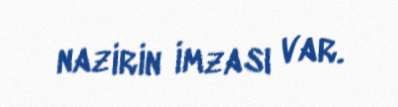
nazirin imzası var.